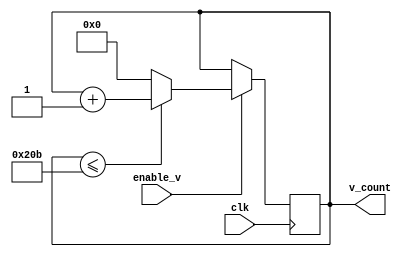
module v_count(clk,v_count,enable_v);
  input clk;
  output [9:0] v_count;
  input enable_v;
  reg [9:0] v_count;
  //reg input because we will switch its value in our circuit
  initial v_count=0;
  
   always @(posedge clk)
  begin
    if (enable_v==1) // our first if condition would be to check if the enabled bit is on other wise we dont do anything therefore no else condition
      begin
        if (v_count <= 523) // we use 523 instead of 524 since binary starts with 0
   			begin
     			v_count <= v_count +1;
    		end
      else
        begin
        	v_count <= 0;
      	end
  	end
  end
endmodule